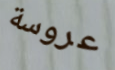
عروسة